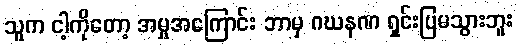
သူက ငါ့ကိုတော့ အမှုအကြောင်း ဘာမှ ဂဃနဏ ရှင်းပြမသွားဘူး